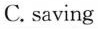
C. saving